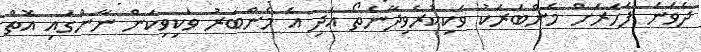
ދެވަނަ ފަހަރަށް މެންބަރަކު ވަކިކުރެވިދާނެތޯ އަދި އެ މެންބަރު ވަކިވިކަން ނާންގައި އޮތް